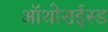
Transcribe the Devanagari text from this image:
ऑथोराईस्ड